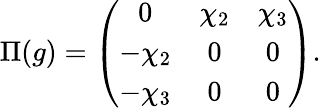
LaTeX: \Pi(g)=\left(\begin{array}{ccc}{{0}}&{{\chi_{2}}}&{{\chi_{3}}}\\ {{-\chi_{2}}}&{{0}}&{{0}}\\ {{-\chi_{3}}}&{{0}}&{{0}}\end{array}\right).